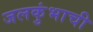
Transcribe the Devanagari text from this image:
जलकुंभाची